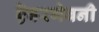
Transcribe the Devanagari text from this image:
ऎबरगेवनी